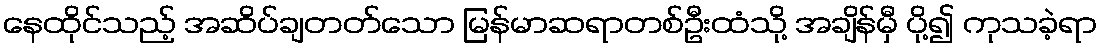
နေထိုင်သည့် အဆိပ်ချတတ်သော မြန်မာဆရာတစ်ဦးထံသို့ အချိန်မှီ ပို့၍ ကုသခဲ့ရာ